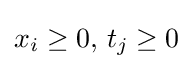
x_{i}\geq 0,\,t_{j}\geq 0